system: You are a helpful assistant.
user:
Analyze the provided spectrum to determine if it is a **"Cataclysmic Variables (CV)"**.

- **Key Indicators for CV (Check for either state):**
    - **State 1: Quiescent / Low-State (Emission-Dominated)**
        - **(Primary):** Strong and *very broad* Hydrogen Balmer emission lines (e.g., $H\alpha$ at 6563 Å, $H\beta$ at 4861 Å). The 'broadness' (high velocity dispersion, often FWHM > 1000 km/s) is the key diagnostic, indicating a high-velocity accretion disk.
        - **(Secondary):** Broad neutral Helium (He I) emission lines (e.g., 5876 Å, 6678 Å).
        - **(Key Confirmation):** Presence of high-excitation *ionized* Helium (He II) emission at 4686 Å. This is a strong indicator of accretion onto a white dwarf.
        - **(Line Profile):** Emission lines may exhibit a 'double-peaked' profile, which is a classic signature of a rotating accretion disk viewed at high inclination.

    - **State 2: Outburst / High-State (Absorption-Dominated)**
        - **(Primary):** Spectrum is dominated by a bright, blue continuum (looks like a hot star).
        - **(Secondary):** The emission lines from State 1 are weak, absent, or 'filled in', and are replaced by broad, shallow *absorption* lines (primarily Balmer and He I).
        - **(Morphology):** The overall spectrum mimics a hot B/A-type star. The crucial difference is that the absorption lines are significantly broader, shallower, and more 'washed-out' (or 'smeared') than the sharp lines of a normal stellar photosphere, due to high rotational speeds and pressure broadening in the disk.

Think first, call **spectral_visualization_tool** if needed to examine features in detail, then provide your final answer. Your response must adhere to the following strict rules:
1.  **Overall Structure:** Your response must follow the format `<think>...</think> <tool_call>...</tool_call> (if a tool is used) <answer>...</answer>`.
2.  **Tool Usage Constraint:** You may only make **one** tool call per turn.
3.  **Final Answer Format:** In the `<answer>` tag, your conclusion must be inside a `\boxed{}` command (e.g., `\boxed{YES}`), followed by your justification.

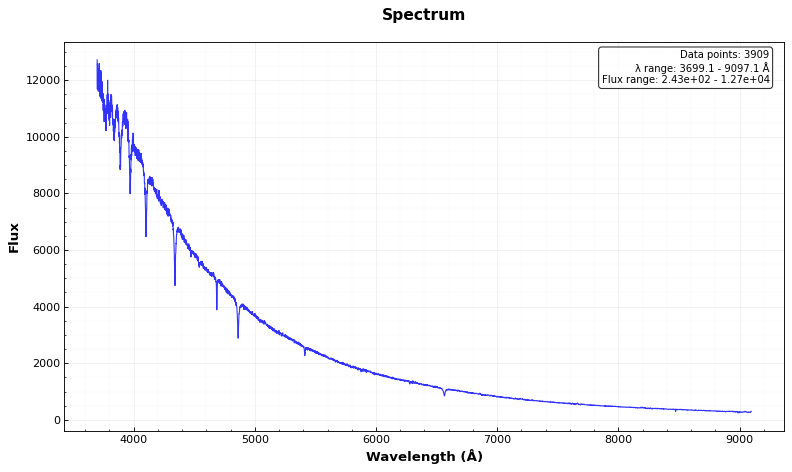
Answer: NO